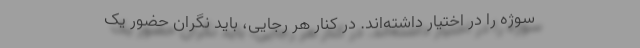
سوژه را در اختیار داشته‌اند. در کنار هر رجایی، باید نگران حضور یک